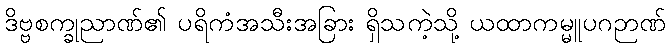
ဒိဗ္ဗစက္ခုညာဏ်၏ ပရိကံအသီးအခြား ရှိသကဲ့သို့ ယထာကမ္မူပဂဉာဏ်